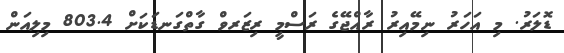
ޑޮލަރު. މި އަހަރު ނިމޭއިރު ރާއްޖޭގެ ރަސްމީ ރިޒަރވް ގާތްގަނޑަކަށް 803.4 މިލިއަން